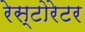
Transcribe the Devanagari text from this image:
रेस्टोरेटर